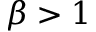
\beta > 1